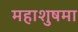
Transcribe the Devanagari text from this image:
महाशुषमा